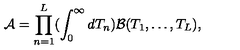
{ \cal A } = \prod _ { n = 1 } ^ { L } ( \int _ { 0 } ^ { \infty } d T _ { n } ) { \cal B } ( T _ { 1 } , \ldots , T _ { L } ) ,